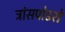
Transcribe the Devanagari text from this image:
ट्रांसपोडरों